Report of the Indian Hemp Drugs Commission, 1894-1895 - Volume III
Year: 1894
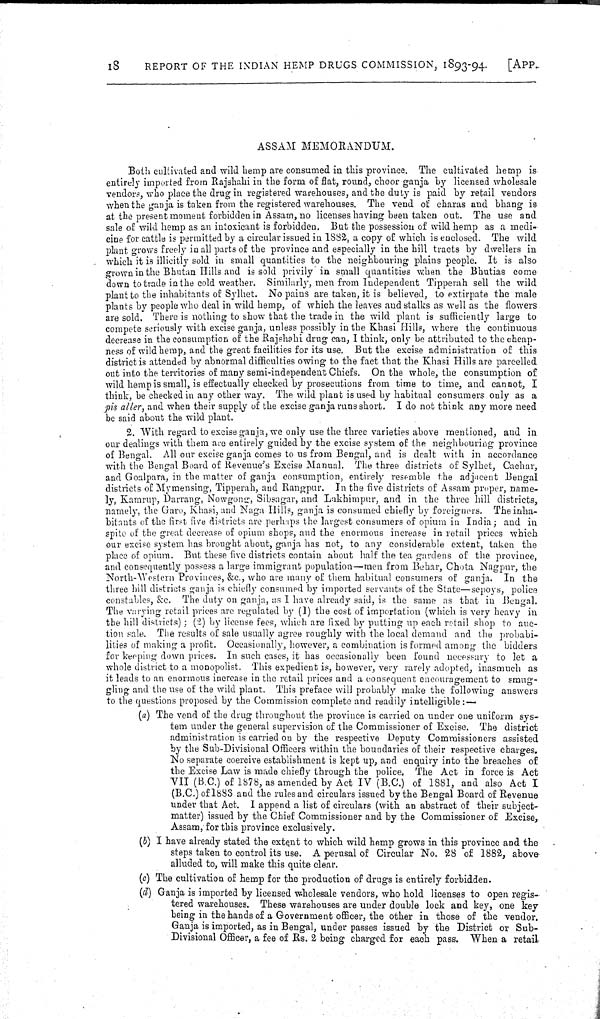
18
REPORT OF THE INDIAN HEMP DRUGS COMMISSION, 1893-94.
[APP.
ASSAM MEMORANDUM.
Both cultivated and wild hemp are consumed in this province. The cultivated hemp is
entirely imported from Rajshahi in the form of flat, round, choor ganja by licensed wholesale
vendors, who place the drug in registered warehouses, and the duty is paid by retail vendors
when the ganja is taken from the registered warehouses. The vend of charas and bhang is
at the present moment forbidden in Assam, no licenses having been taken out. The use and
sale of wild hemp as an intoxicant is forbidden. But the possession of wild hemp as a medi-
cine for cattle is permitted by a circular issued in 1882, a copy of which is enclosed. The wild
plant grows freely in all parts of the province and especially in the hill tracts by dwellers in
which it is illicitly sold in small quantities to the neighbouring plains people. It is also
grown in the Bhutan Hills and is sold privily in small quantities when the Bhutias come
down to trade in the cold weather. Similarly, men from Independent Tipperah sell the wild
plant to the inhabitants of Sylhet. No pains are taken, it is believed, to extirpate the male
plants by people who deal in wild hemp, of which the leaves and stalks as well as the flowers
are sold. There is nothing to show that the trade in the wild plant is sufficiently large to
compete seriously with excise ganja, unless possibly in the Khasi Hills, where the continuous
decrease in the consumption of the Rajshahi drug can, I think, only be attributed to the cheap-
ness of wild hemp, and the great facilities for its use. But the excise administration of this
district is attended by abnormal difficulties owing to the fact that the Khasi Hills are parcelled
out into the territories of many semi-independent Chiefs. On the whole, the consumption of
wild hemp is small, is effectually checked by prosecutions from time to time, and cannot, I
think, be checked in any other way. The wild plant is used by habitual consumers only as a
pis aller, and when their supply of the excise ganja runs short. I do not think any more need
be said about the wild plant.
2. With regard to excise ganja, we only use the three varieties above mentioned, and in
our dealings with them are entirely guided by the excise system of the neighbouring province
of Bengal. All our excise ganja comes to us from Bengal, and is dealt with in accordance
with the Bengal Board of Revenue's Excise Manual. The three districts of Sylhet, Cachar,
and Goalpara, in the matter of ganja consumption, entirely resemble the adjacent Bengal
districts of Mymensing, Tipperah, and Rangpur. In the five districts of Assam proper, name-
ly, Kamrup, Darrang, Nowgong, Sibsagar, and Lakhimpur, and in the three hill districts,
namely, the Garo, Khasi, and Naga Hills, ganja is consumed chiefly by foreigners. The inha-
bitants of the first five districts are perhaps the largest consumers of opium in India; and in
spite of the great decrease of opium shops, and the enormous increase in retail prices which
our excise system has brought about, ganja has not, to any considerable extent, taken the
place of opium. But these five districts contain about half the tea gardens of the province,
and consequently possess a large immigrant population—men from Behar, Chota Nagpur, the
North-Western Provinces, &c., who are many of them habitual consumers of ganja. In the
three hill districts ganja is chiefly consumed by imported servants of the State—sepoys, police
constables, &c. The duty on ganja, as I have already said, is the same as that in Bengal.
The varying retail prices are regulated by (1) the cost of importation (which is very heavy in
the hill districts); (2) by license fees, which are fixed by putting up each retail shop to auc-
tion sale. The results of sale usually agree roughly with the local demand and the probabi-
lities of making a profit. Occasionally, however, a combination is formed among the bidders
for keeping down prices. In such cases, it has occasionally been found necessary to let a
whole district to a monopolist. This expedient is, however, very rarely adopted, inasmuch as
it leads to an enormous increase in the retail prices and a consequent encouragement to smug-
gling and the use of the wild plant. This preface will probably make the following answers
to the questions proposed by the Commission complete and readily intelligible:—
(a) The vend of the drug throughout the province is carried on under one uniform sys-
tem under the general supervision of the Commissioner of Excise. The district
administration is carried on by the respective Deputy Commissioners assisted
by the Sub-Divisional Officers within the boundaries of their respective charges.
No separate coercive establishment is kept up, and enquiry into the breaches of
the Excise Law is made chiefly through the police. The Act in force is Act
VII (B.C.) of 1878, as amended by Act IV (B.C.) of 1881, and also Act I
(B.C.) of 1883 and the rules and circulars issued by the Bengal Board of Revenue
under that Act. I append a list of circulars (with an abstract of their subject-
matter) issued by the Chief Commissioner and by the Commissioner of Excise,
Assam, for this province exclusively.
(b) I have already stated the extent to which wild hemp grows in this province and the
steps taken to control its use. A perusal of Circular No. 28 of 1882, above
alluded to, will make this quite clear.
(c) The cultivation of hemp for the production of drugs is entirely forbidden.
(d) Ganja is imported by licensed wholesale vendors, who hold licenses to open regis-
tered warehouses. These warehouses are under double lock and key, one key
being in the hands of a Government officer, the other in those of the vendor.
Ganja is imported, as in Bengal, under passes issued by the District or Sub-
Divisional Officer, a fee of Rs. 2 being charged for each pass. When a retail